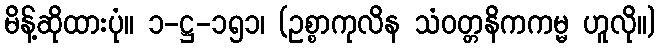
မိန့်ဆိုထားပုံ။ ၁-ဋ္ဌ-၁၅၁၊ (ဥစ္စာကုလိန သံဝတ္တနိကကမ္မ ဟူလို။)